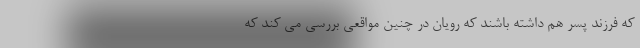
که فرزند پسر هم داشته باشند که رویان در چنین مواقعی بررسی می کند که